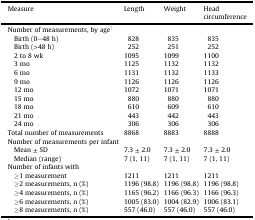
<table><thead><tr><td><b>Measure</b></td><td><b>Length</b></td><td><b>Weight</b></td><td><b>Head circumference</b></td></tr></thead><tbody><tr><td>Number of measurements, by age†</td><td></td><td></td><td></td></tr><tr><td> Birth (0–48 h)</td><td>828</td><td>835</td><td>835</td></tr><tr><td> Birth (&gt;48 h)</td><td>252</td><td>251</td><td>252</td></tr><tr><td> 2 to 8 wk</td><td>1095</td><td>1099</td><td>1100</td></tr><tr><td> 3 mo</td><td>1125</td><td>1132</td><td>1132</td></tr><tr><td> 6 mo</td><td>1131</td><td>1132</td><td>1133</td></tr><tr><td> 9 mo</td><td>1126</td><td>1126</td><td>1126</td></tr><tr><td> 12 mo</td><td>1072</td><td>1071</td><td>1071</td></tr><tr><td> 15 mo</td><td>880</td><td>880</td><td>880</td></tr><tr><td> 18 mo</td><td>610</td><td>609</td><td>610</td></tr><tr><td> 21 mo</td><td>443</td><td>442</td><td>443</td></tr><tr><td> 24 mo</td><td>306</td><td>306</td><td>306</td></tr><tr><td>Total number of measurements</td><td>8868</td><td>8883</td><td>8888</td></tr><tr><td>Number of measurements per infant</td><td></td><td></td><td></td></tr><tr><td> Mean ± SD</td><td>7.3 ± 2.0</td><td>7.3 ± 2.0</td><td>7.3 ± 2.0</td></tr><tr><td> Median (range)</td><td>7 (1, 11)</td><td>7 (1, 11)</td><td>7 (1, 11)</td></tr><tr><td>Number of infants with</td><td></td><td></td><td></td></tr><tr><td> ≥1 measurement</td><td>1211</td><td>1211</td><td>1211</td></tr><tr><td> ≥2 measurements, n (%)</td><td>1196 (98.8)</td><td>1196 (98.8)</td><td>1196 (98.8)</td></tr><tr><td> ≥4 measurements, n (%)</td><td>1165 (96.2)</td><td>1166 (96.3)</td><td>1166 (96.3)</td></tr><tr><td> ≥6 measurements, n (%)</td><td>1005 (83.0)</td><td>1004 (82.9)</td><td>1006 (83.1)</td></tr><tr><td> ≥8 measurements, n (%)</td><td>557 (46.0)</td><td>557 (46.0)</td><td>557 (46.0)</td></tr></tbody></table>